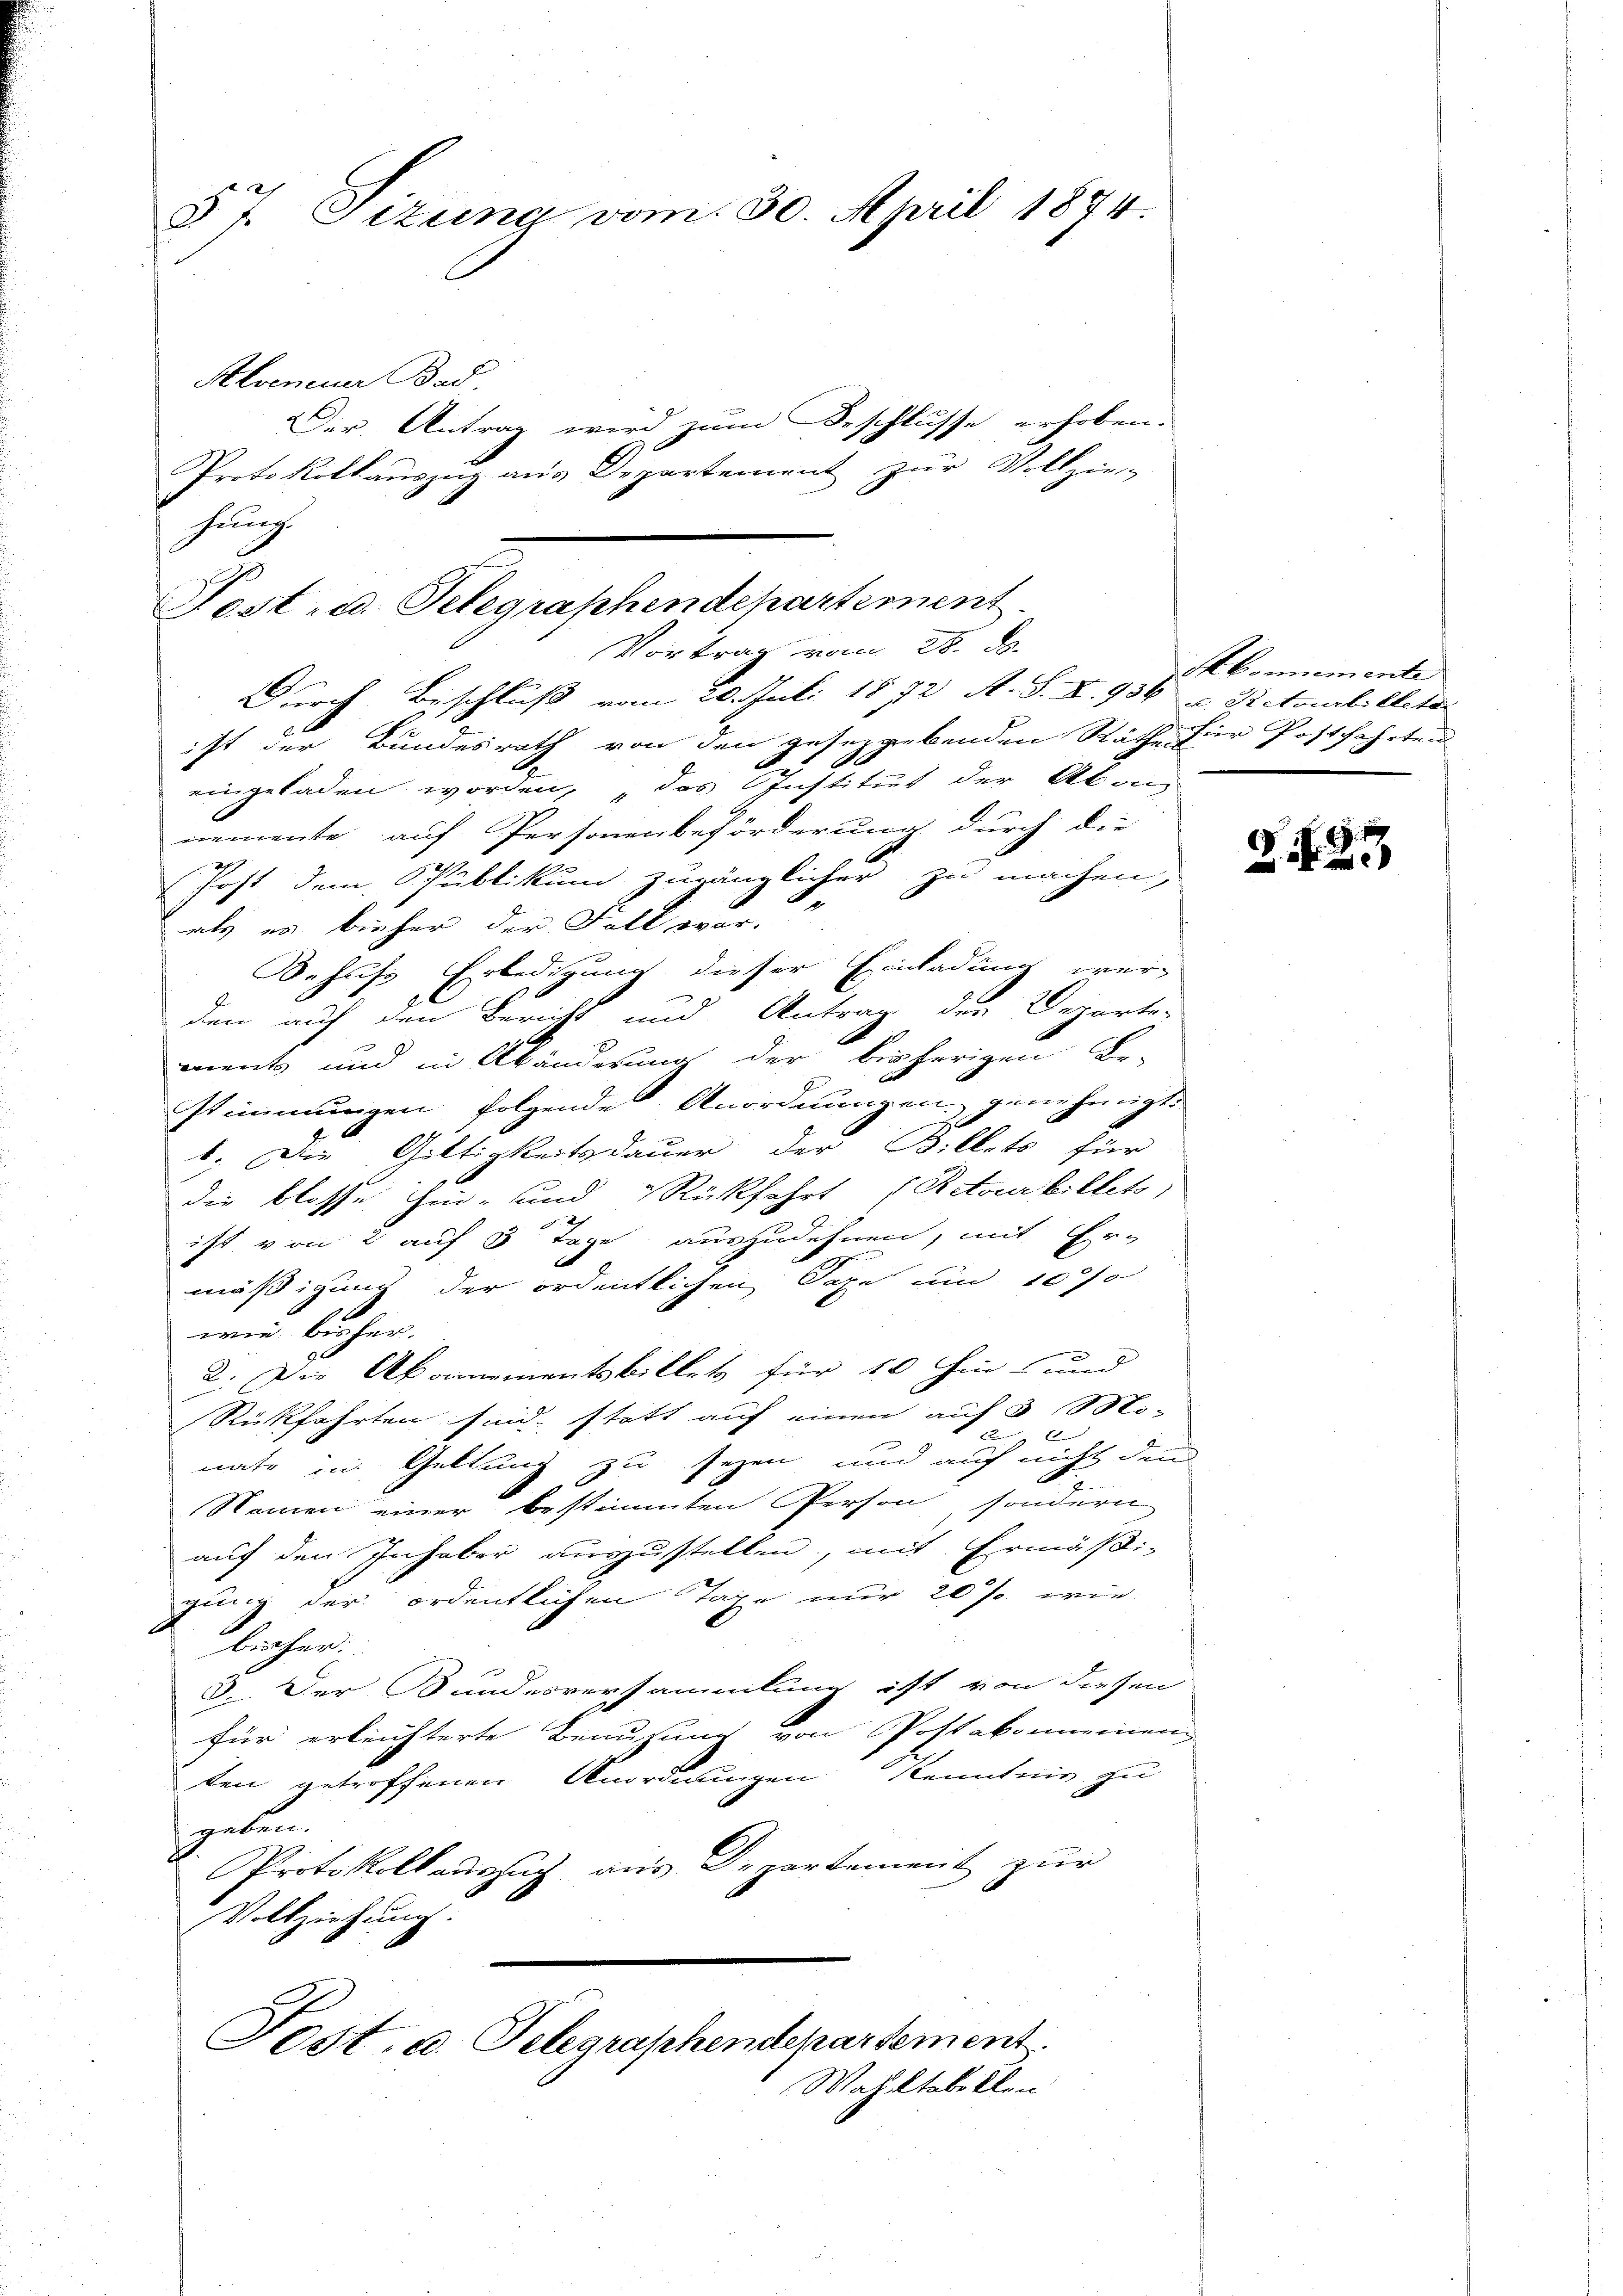
§ 7. Sizung vom 30. April 1874.
Alveneuer Bad.
Der Antrag wird zum Beschlusse erhoben.
Protokollauszug aus Departement zur Vollzie-
hung.

Durch Beschluß vom 20. Juli 1872 A. S. X. 936 u. Rietourbilleter
ist der Bundesrath von den gesetzgebenden Räthe für Postfahrten
eingeladen worden, das Institut der Aka-
memente auf Personenbeförderung durch die
.
Post dem Schublikum zugänglicher zu machen,
2
als es bisher der Fall war.
Behufs Erledigung dieser Einladung wer-
den auf den Bericht und Antrag die Departe-
ment und in Abänderung der bisherigen Be-
stimmungen folgende Anordnungen genehmigt.
b. Die Gültigkeitsdauer der Billets für
die blosse hin- und Rückfahrt (Retour billets
ist von 2 auf 3 Tage auszudehnen, mit Ere
mäßigung der ordentlichen Tage und 10%
wie bisher.
e
2. Die Abonnementsbillet für 10 hin- und
Rückfahrten sind, statt auf einen auf 3 Mo-
x
nate im Geltung zu seyen, und auf nicht den
Namen einer bestimmten Person, sondern
auf den Inhaber auszustellen, mit Ermäßi-
gung der ordentlichen Tage nur 20% wie
bicher:
3.. Der Bundesversammlung ist von diesen
für erleichterte Benuzung von Postakomenen
ten getroffenen Anordnungen Kenntnis zu
geben.
Protokoll aŭszŭg aŭs Departement zŭr
Vollziehung.
Sost, u. Telegraphendepartement.
Wahlktabellen

Post- u. Telegraphendechartement
Vortrag vom 28. d.

Abonnemente

223